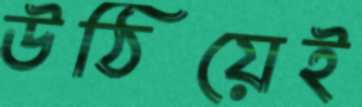
উঠিয়েই